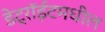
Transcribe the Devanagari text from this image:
डेट्रॉईटमधील